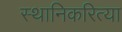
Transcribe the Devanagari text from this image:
स्थानिकरित्या